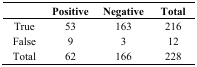
|  | Positive | Negative | Total |
 | --- | --- | --- | --- |
 | True | 53 | 163 | 216 |
 | False | 9 | 3 | 12 |
 | Total | 62 | 166 | 228 |